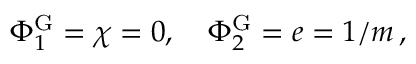
\Phi _ { 1 } ^ { \mathrm { G } } = \chi = 0 , \, \, \, \, \, \, \Phi _ { 2 } ^ { \mathrm { G } } = e = 1 / m \, ,